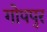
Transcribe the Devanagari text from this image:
गोपपुर